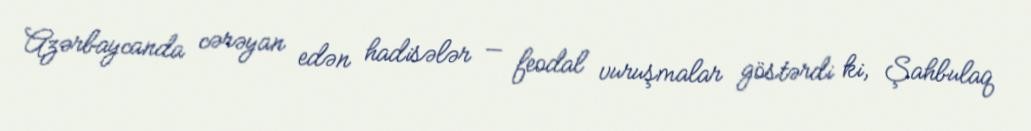
Azərbaycanda cərəyan edən hadisələr — feodal vuruşmalar göstərdi ki, Şahbulaq